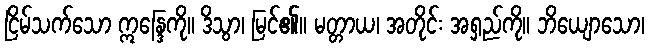
ငြိမ်သက်သော ဣန္ဒြေကို။ ဒိသွာ၊ မြင်၏။ မတ္တာယ၊ အတိုင်း အရှည်ကို။ ဘိယျောသော၊